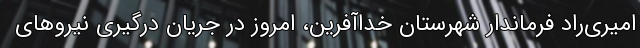
امیری‌راد فرماندار شهرستان خداآفرین، امروز در جریان درگیری نیروهای